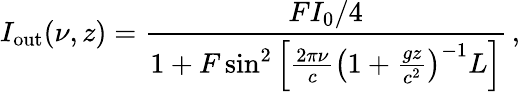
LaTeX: I_{\mathrm{out}}(\nu,z)=\frac{FI_{0}/4}{1+F\sin^{2}\left[\frac{2\pi\nu}{c}\left(1+\frac{gz}{c^{2}}\right)^{-1}L\right]}\, ,